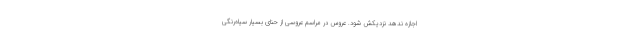
اجازه ندهد نزدیکش شود. عروس در مراسم عروسی از حنای بسیار سیاه‌رنگی